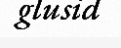
glusid